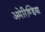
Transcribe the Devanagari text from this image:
अमेरिण्डिया